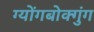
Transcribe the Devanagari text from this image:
ग्योंगबोक्गुंग